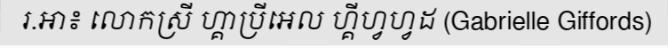
រ.អា៖ លោកស្រី ហ្គាប្រីអេល ហ្គីហ្វហ្វដ (Gabrielle Giffords)